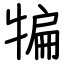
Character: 犏